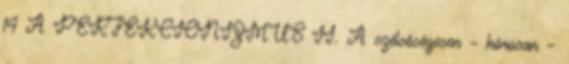
14 A PERFEKCIONIZMUS II. A szélsőségesen – kórosan –